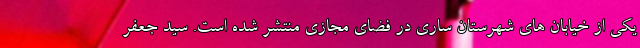
یکی از خیابان های شهرستان ساری در فضای مجازی منتشر شده است. سید جعفر